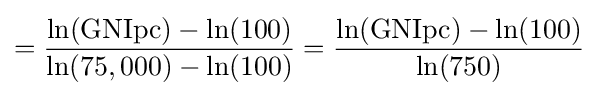
={\frac {\ln({\textrm {GNIpc}})-\ln(100)}{\ln(75,000)-\ln(100)}}={\frac {\ln({\textrm {GNIpc}})-\ln(100)}{\ln(750)}}